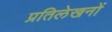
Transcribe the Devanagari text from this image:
प्रतिलेखनों